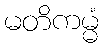
မတိကမ္မံ